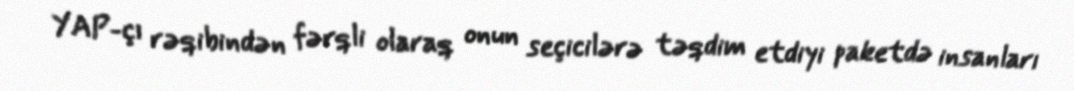
YAP-çı rəqibindən fərqli olaraq onun seçicilərə təqdim etdiyi paketdə insanları